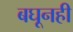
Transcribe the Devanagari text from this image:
बघूनही